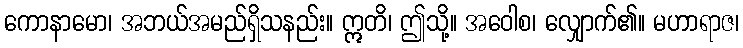
ကောနာမော၊ အဘယ်အမည်ရှိသနည်း။ ဣတိ၊ ဤသို့။ အဝေါစ၊ လျှောက်၏။ မဟာရာဇ၊